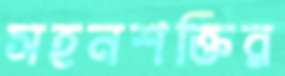
সহনশক্তির